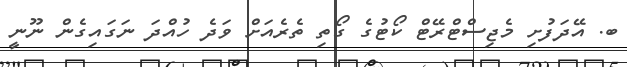
ބ. އޭދަފުށި މެޖިސްޓްރޭޓް ކޯޓުގެ ގޯތި ތެރެއަށް ވަދެ ހުއްދަ ނަގައިގެން ނޫނީ